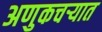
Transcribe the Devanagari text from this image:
अणुकचऱ्यात